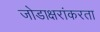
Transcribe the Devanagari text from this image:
जोडाक्षरांकरता